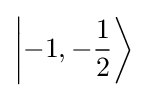
\left|-1,-{\frac {1}{2}}\right\rangle